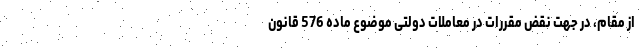
از مقام، در جهت نقض مقررات در معاملات دولتی موضوع ماده 576 قانون